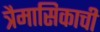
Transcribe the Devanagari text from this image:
त्रैमासिकाची